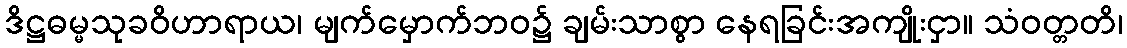
ဒိဋ္ဌဓမ္မသုခဝိဟာရာယ၊ မျက်မှောက်ဘဝ၌ ချမ်းသာစွာ နေရခြင်းအကျိုးငှာ။ သံဝတ္တတိ၊